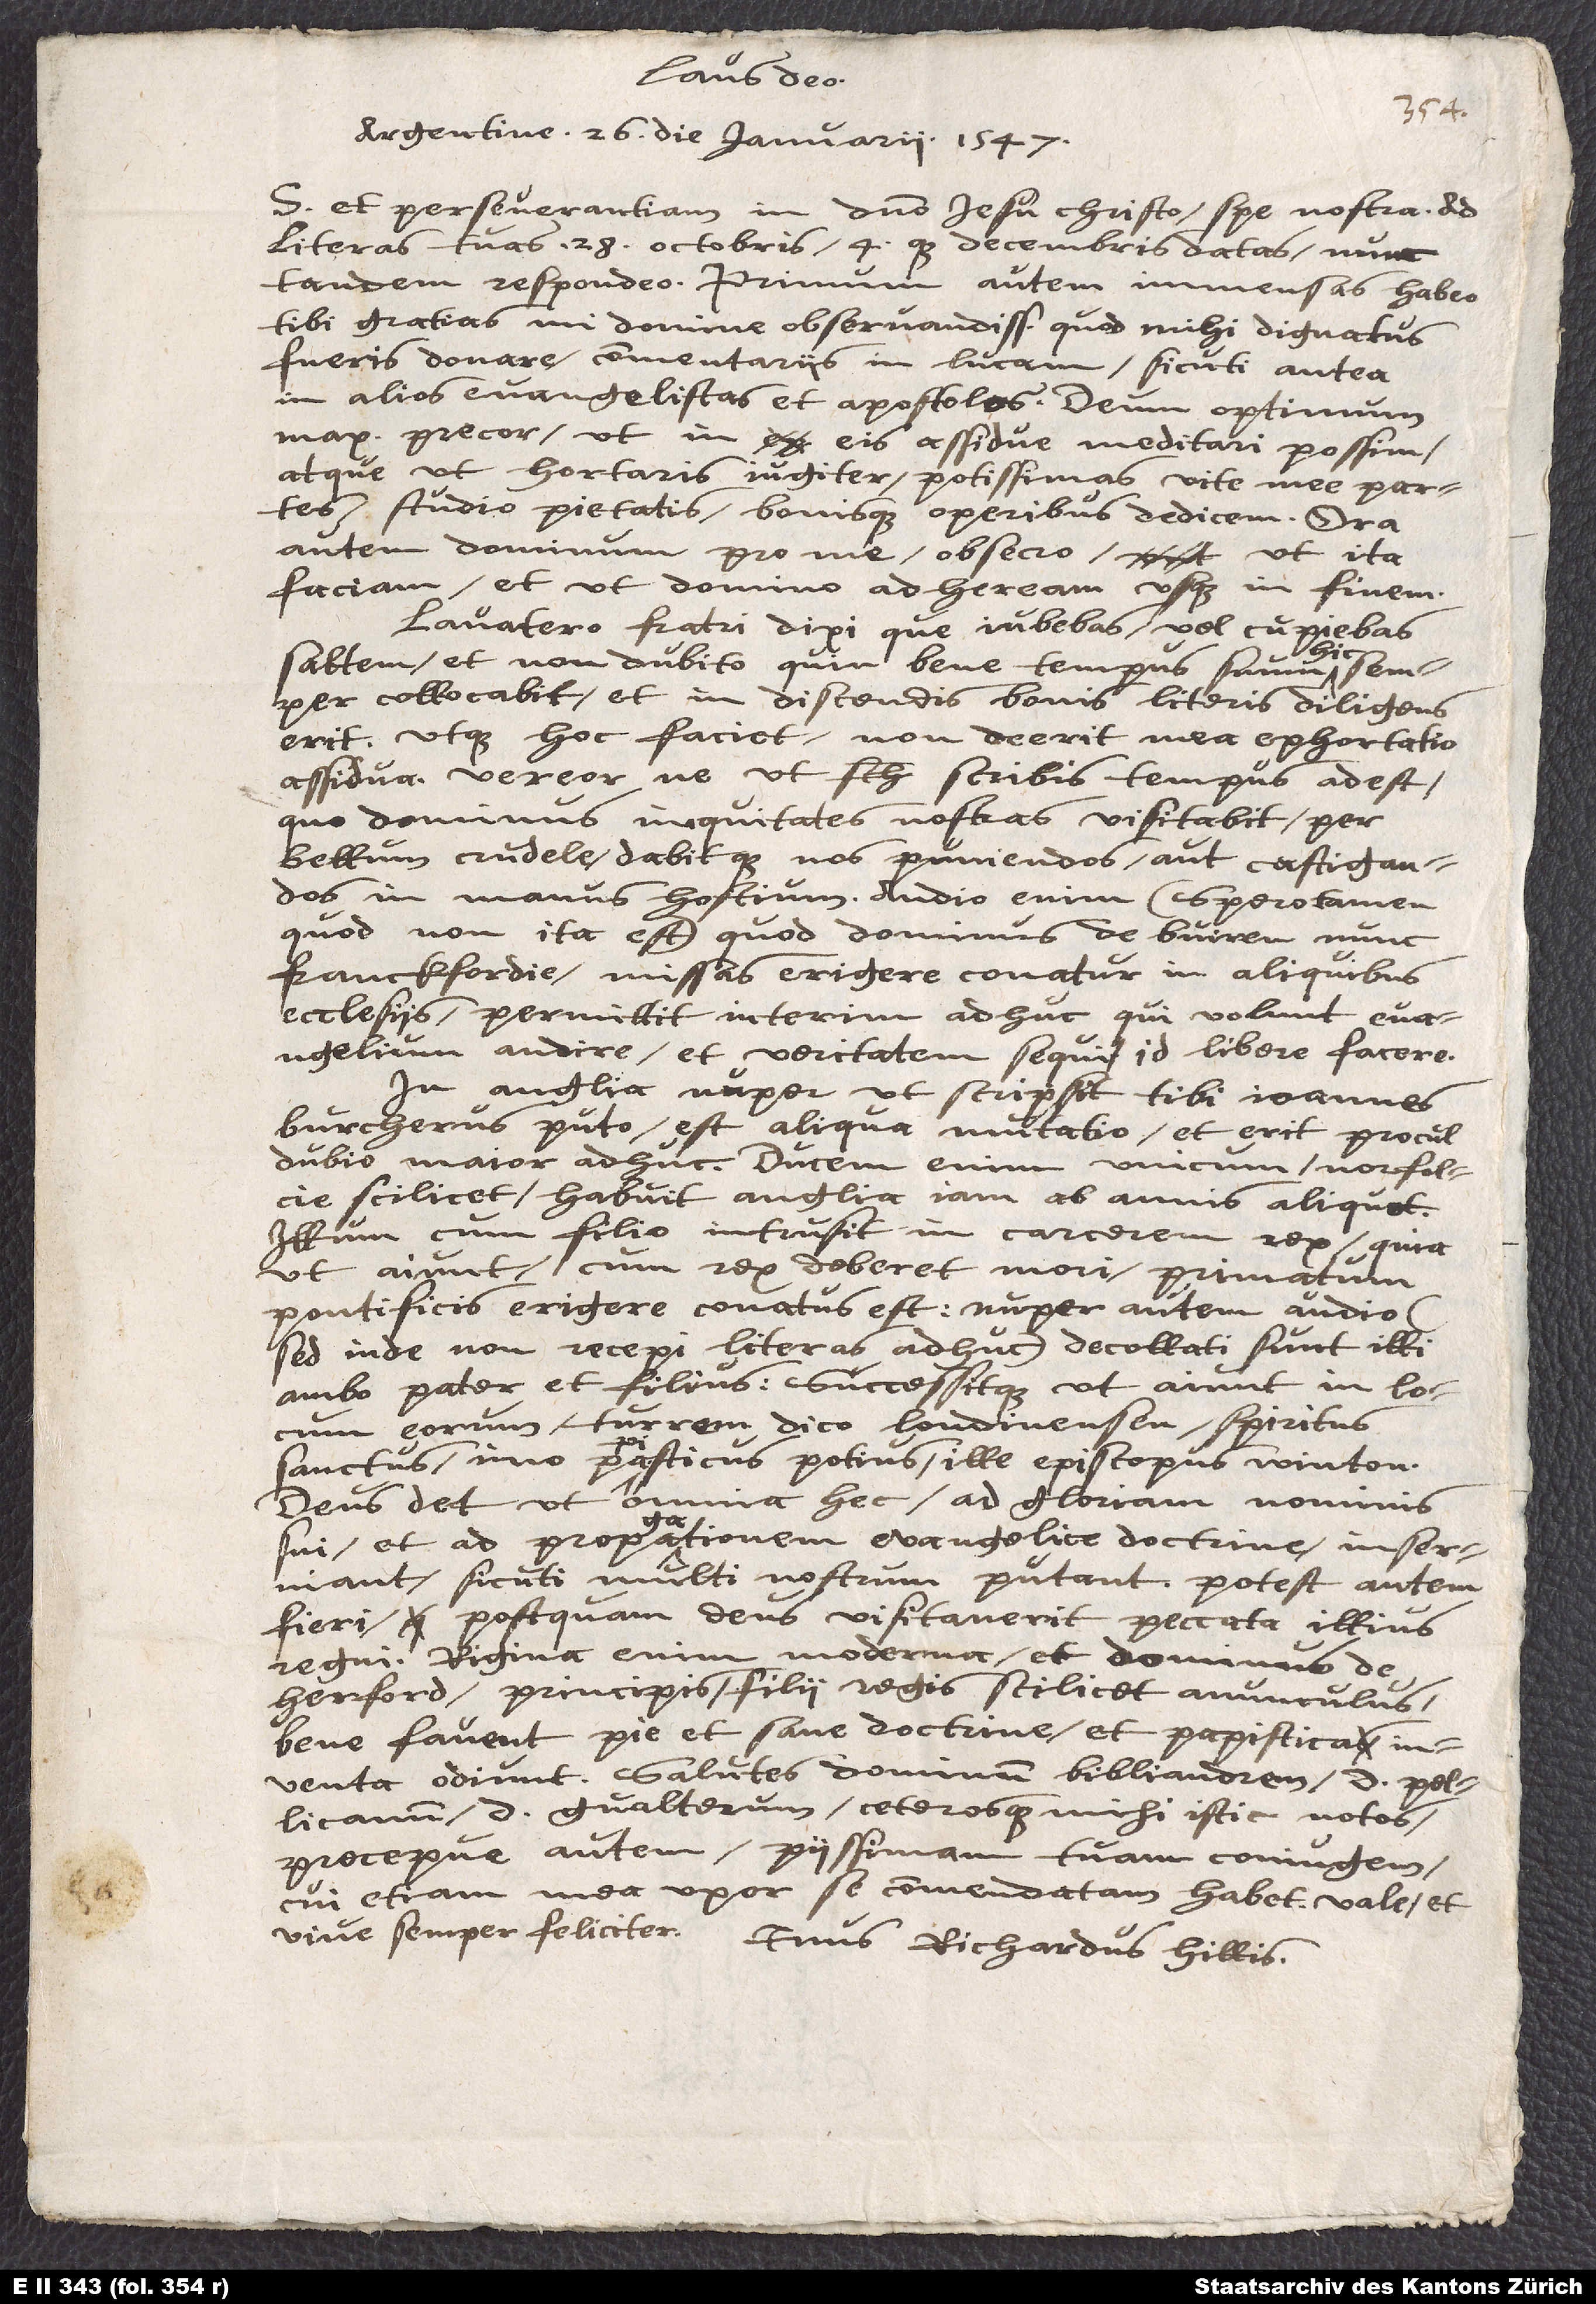
Laus deo!
Argentine, 26. die ianuarii 1547.
S et perseverantiam in domino Iesu Christo, spe nostra! Ad
literas tuas, 28. octobris 4. que decembris datas, nunc
tandem respondeo. Primum autem immensas habeo
tibi gratias, mi domine observandissime, quod mihi dignatus
fueris donare commentariis in Lucam, sicuti antea
in alios evangelistas et apostolos. Deum optimum
maximum precor, ut in eis assidue meditari possim,
atque, ut hortaris iugiter, potissimas vite mee partes
studio pietatis bonisque operibus dedicem. Ora
autem dominum pro me, obsecro, ut ita
faciam, et ut domino adheream usque in finem.
Lavatero fratri dixi, que iubebas vel cupiebas
hic
saltem, et non dubito quin bene tempus suum
semper collocabit, et in discendis bonis literis diligens
erit; utque hoc faciet, non deerit mea exhortatio
assidua. Vereor ne, ut scribis, tempus adest,
quo dominus iniquitates nostras visitabit per
bellum crudele, dabitque nos puniendos aut castigandos
in manus hostium. Audio enim (spero tamen,
quod non ita est), quod dominus de Buiren nunc
Franckfordiae missas erigere conatur in aliquibus
ecclesiis; permittit interim adhuc, qui volunt evangelium
audire et veritatem sequi, id libere facere.
In Anglia nuper, ut scripsit tibi Ioannes
Burcherus puto, est aliqua mutatio, et erit proculdubio
maior adhuc. Ducem enim unicum, Norfolcie
scilicet, habuit Anglia iam ab annis aliquot.
Illum cum filio intrusit in carcerem rex, quia
(ut aiunt) cum rex deberet mori, primatum
pontificis erigere conatus est; nuper autem audio
(sed inde non recepi literas adhuc) decollati sunt illi
ambo, pater et filius; succesitque, ut aiunt, in locum
eorum, Turrem dico Londinensen, spiritus
sanctus, imo papisticus potius, ille episcopus Wintoniensis.
Deus det, ut omnia hec ad gloriam nominis
sui et ad propagationem evangelice doctrine inserviant,
sicuti multi nostrum putant. Potest autem
fieri, postquam deus visitaverit peccata illius
regni. Regina enim moderna et dominus de
Herford, principis filii regis scilicet avunculus,
bene favent pie et sane doctrine, et papistica
inventa odiunt. Salutes dominum Bibliandrum, d. Pelicanum,
d. Gvalterum, ceterosque mihi istic notos,
precepue autem piissimam tuam coniugem,
cui etiam mea uxor se commendatam habet. Vale, et
vive semper feliciter. Tuus, Richardus Hillis.